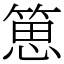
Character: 𥯨